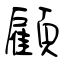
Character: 顧